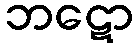
ဘဋော